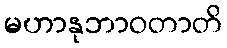
မဟာနုဘာဝတာတိ